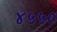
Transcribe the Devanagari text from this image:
४५५०